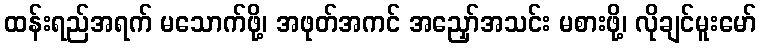
ထန်းရည်အရက် မသောက်ဖို့၊ အဖုတ်အကင် အညှော်အသင်း မစားဖို့၊ လိုချင်မူးမော်